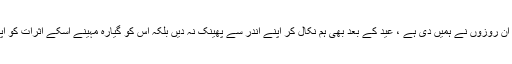
ان کا حقیقی فائدہ ہم اس طرح اُٹھا سکتے ہیں کہ ایک مہینے تک جو اخلاقی دینی تربیت ان روزوں نے ہمیں دی ہے ، عید کے بعد بھی ہم نکال کر اپنے اندر سے پھینک نہ دیں بلکہ اس کو گیارہ مہینے اسکے اثرات کو اپنی زندگی میں جما کر بسا کر رکھیں کام کرنے کا موقع دیں، دین و اخلاق پر قائم رہیں۔